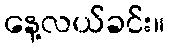
နေ့လယ်ခင်း။